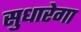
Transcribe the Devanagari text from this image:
सुधारेगा